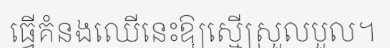
ធ្វើគំនងឈើនេះឱ្យស្មើស្រួលបួល។